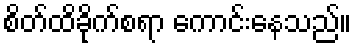
စိတ်ထိခိုက်စရာ ကောင်းနေသည်။